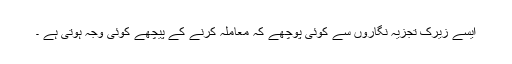
ایسے زیرک تجزیہ نگاروں سے کوئی پوچھے کہ معاملہ کرنے کے پیچھے کوئی وجہ ہوتی ہے ۔